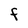
Character: F